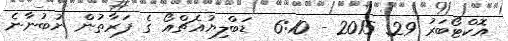
އޮކްޓޯބަރު 29